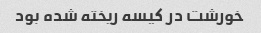
خورشت در کیسه ریخته شده بود